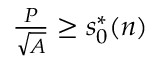
\begin{array} { r } { \frac { P } { \sqrt { A } } \geq s _ { 0 } ^ { * } ( n ) } \end{array}